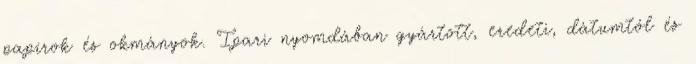
papírok és okmányok. Ipari nyomdában gyártott, eredeti, dátumtól és